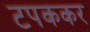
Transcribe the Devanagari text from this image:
टपककर